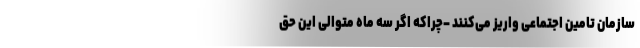
سازمان تامین اجتماعی واریز می‌کنند –چراکه اگر سه ماه متوالی این حق